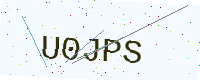
Text: U0JPS